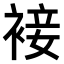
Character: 𧚪